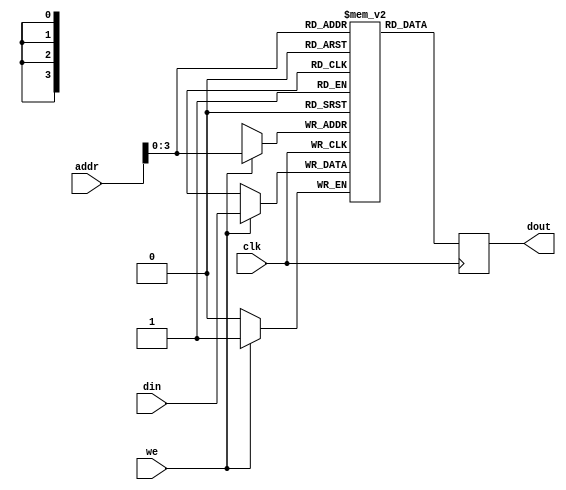
module mybram #(parameter LOGSIZE=14, WIDTH=1)
              (input wire [LOGSIZE-1:0] addr,
               input wire clk,
               input wire [WIDTH-1:0] din,
               output reg [WIDTH-1:0] dout,
               input wire we);
   // let the tools infer the right number of BRAMs
   (* ram_style = "block" *)
   reg [WIDTH-1:0] mem[LOGSIZE-1:0];
   always @(posedge clk) begin
     if (we) mem[addr] <= din;
     dout <= mem[addr];
   end
endmodule

module CombFilter
	(input clk, reset, ready,
	input signed [7:0]x,
	output reg signed [7:0]comb60,comb90,comb120,comb180,comb210,comb240);
	
	parameter SHIFTSIZE = 12000;
	reg [13:0]addr = 0;
	reg signed [7:0]memin;
	wire signed [7:0]memout;
	reg we = 0;
	reg [13:0]offset = 0;
	reg [4:0]tap = 0;
	
	reg signed [7:0]buffer_0 = 0;
	reg signed [7:0]buffer_1499 = 0;
	reg signed [7:0]buffer_1713 = 0;
	reg signed [7:0]buffer_1999 = 0;
	reg signed [7:0]buffer_2999 = 0;
	reg signed [7:0]buffer_3427 = 0;
	reg signed [7:0]buffer_3999 = 0;
	reg signed [7:0]buffer_5999 = 0;
	reg signed [7:0]buffer_7999 = 0;
	reg signed [7:0]buffer_11999 = 0;
	
	mybram #(.LOGSIZE(14),.WIDTH(8))
		mybram1(.addr(addr),.clk(clk),.din(memin),.dout(memout),.we(we));
	
//	assign memin = x;
//	
	always @(posedge clk)
		begin
		if (ready && tap==0)
			begin
			we <= 1;
			memin <= x;
			addr <= offset;
			buffer_0 <= x;
			tap <= 1;
			end
		if (tap==1)
			begin
			we <= 0;
			addr <= (offset>1500)?(offset-1499):(SHIFTSIZE+offset-1499);
			tap <= 2;
			end
		if (tap==2)
			begin
			buffer_1499 <= memout;
			addr <= (offset>1714)?(offset-1713):(SHIFTSIZE+offset-1713);
			tap <= 3;
			end
		if (tap==3)
			begin
			buffer_1713 <= memout;
			addr <= (offset>2000)?(offset-1999):(SHIFTSIZE+offset-1999);
			tap <= 4;
			end
		if (tap==4)
			begin
			buffer_1999 <= memout;
			addr <= (offset>3000)?(offset-2999):(SHIFTSIZE+offset-2999);
			tap <= 5;
			end
		if (tap==5)
			begin
			buffer_2999 <= memout;
			addr <= (offset>3428)?(offset-3427):(SHIFTSIZE+offset-3427);
			tap <= 6;
			end
		if (tap==6)
			begin
			buffer_3427 <= memout;
			addr <= (offset>4000)?(offset-3999):(SHIFTSIZE+offset-3999);
			tap <= 7;
			end
		if (tap==7)
			begin
			buffer_3999 <= memout;
			addr <= (offset>6000)?(offset-5999):(SHIFTSIZE+offset-5999);
			tap <= 8;
			end
		if (tap==8)
			begin
			buffer_5999 <= memout;
			addr <= (offset>8000)?(offset-7999):(SHIFTSIZE+offset-7999);
			tap <= 9;
			end
		if (tap==9)
			begin
			buffer_7999 <= memout;
			addr <= (offset>12000)?(offset-11999):(SHIFTSIZE+offset-11999);
			tap <= 10;
			end
		if (tap==10)
			begin
			tap <= 0;
			comb60 <= buffer_0 + buffer_5999 + memout;
			comb90 <= buffer_0 + buffer_3999 + buffer_7999;
			comb120 <= buffer_0 + buffer_2999 + buffer_5999;
			comb180 <= buffer_0 + buffer_1999 + buffer_3999;
			comb210 <= buffer_0 + buffer_1713 + buffer_3427;
			comb240 <= buffer_0 + buffer_1499 + buffer_2999;
			offset <= offset<SHIFTSIZE-2?offset+1:0;
			end
		end
		
	
		
endmodule